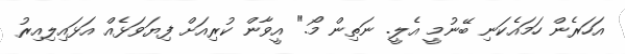
އަހަރެން ހަމައެކަނި ބޭނުމީ އެލީ. ނަތިން މޯ." އީވާން ކުރިއަށް ފިޔަވަޅެއް އަޅައިލިއިރު